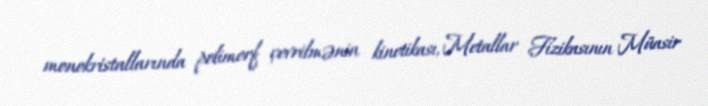
monokristallarında polimorf çevrilmənin kinetikası, Metallar Fizikasının Müasir